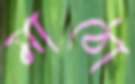
মাঠো